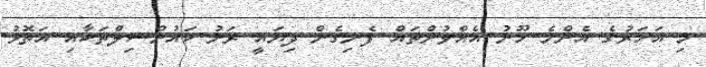
މި އަހަރުގެ އެންމެ ހޫނު އެއްވުންތައް ފެނިގެން ދިޔައީ ރަށު ކައުންސިލްތަކާއި އަތޮޅު